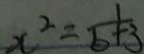
x ^ { 2 } = \frac { 1 } { b + 3 }